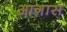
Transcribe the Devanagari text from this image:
आग़ास